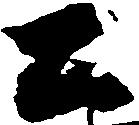
公